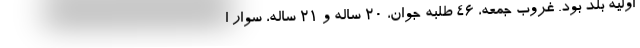
اوليه بلد بود. غروب جمعه، 46 طلبه جوان، 20 ساله و 21 ساله، سوار ا